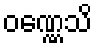
ဝဏ္ဏေသိ